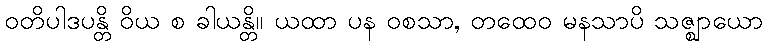
ဝတိပါဒပန္တိ ဝိယ စ ခါယန္တိ။ ယထာ ပန ဝစသာ, တထေဝ မနသာပိ သဇ္ဈာယော